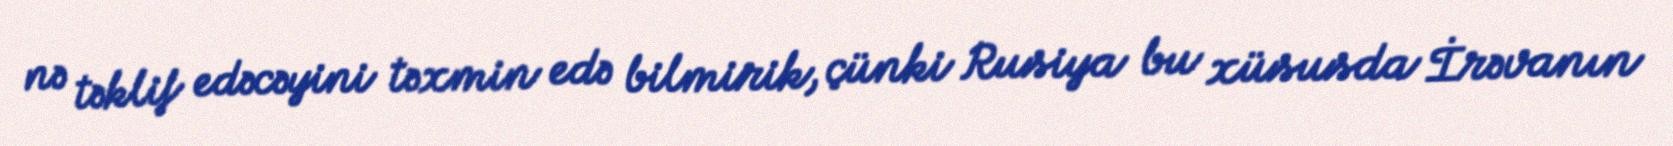
nə təklif edəcəyini təxmin edə bilmirik, çünki Rusiya bu xüsusda İrəvanın